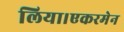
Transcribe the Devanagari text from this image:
लिया।एकरमेन